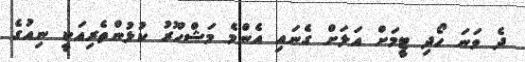
ދެ ވަނަ ހޯދި ޓީމަށް އަލަށް ގެނައި އެންމެ މަޝްހޫރު ކުޅުންތެރިއަކީ ނިއުގެ